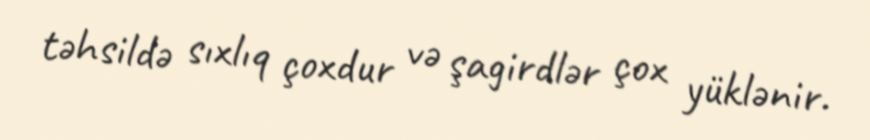
təhsildə sıxlıq çoxdur və şagirdlər çox yüklənir.